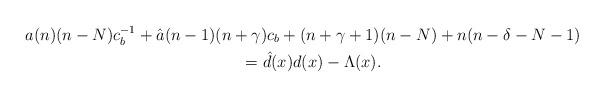
LaTeX: \begin{gather*}a(n) (n-N) c_b^{-1} + \hat{a}(n-1) (n+\gamma) c_b + (n+\gamma+1)(n-N)+n(n-\delta-N-1)\\\qquad{} = {\hat{d}}(x) d(x)- \Lambda ( x).\end{gather*}